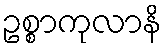
ဥစ္စာကုလာနိ